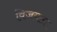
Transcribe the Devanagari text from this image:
विजयास